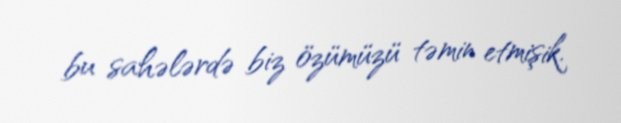
bu sahələrdə biz özümüzü təmin etmişik.